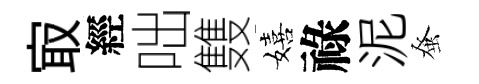
㝡經咄䨇嬉祿泥𫊫